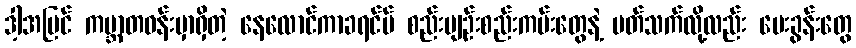
ဒါ့အပြင် ကမ္ဘာတဝန်းမှာရှိတဲ့ နေလောင်ကာခရင်မ် စည်းမျဉ်းစည်းကမ်းတွေနဲ့ ပတ်သက်လို့လည်း မေးခွန်းတွေ